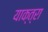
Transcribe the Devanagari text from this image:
याक्त्रा